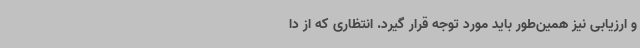
و ارزیابی نیز همین‌طور باید مورد توجه قرار گیرد. انتظاری که از دا